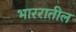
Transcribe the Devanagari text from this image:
भाररातील